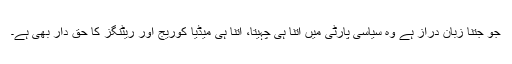
جو جتنا زبان دراز ہے وہ سیاسی پارٹی میں اُتنا ہی چہیتا، اُتنا ہی میڈیا کوریج اور ریٹنگز کا حق دار بھی ہے۔